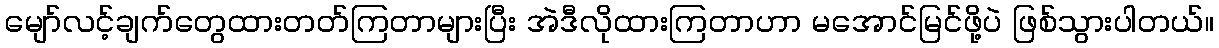
မျော်လင့်ချက်တွေထားတတ်ကြတာများပြီး အဲဒီလိုထားကြတာဟာ မအောင်မြင်ဖို့ပဲ ဖြစ်သွားပါတယ်။